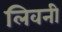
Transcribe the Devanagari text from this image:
लिवनी